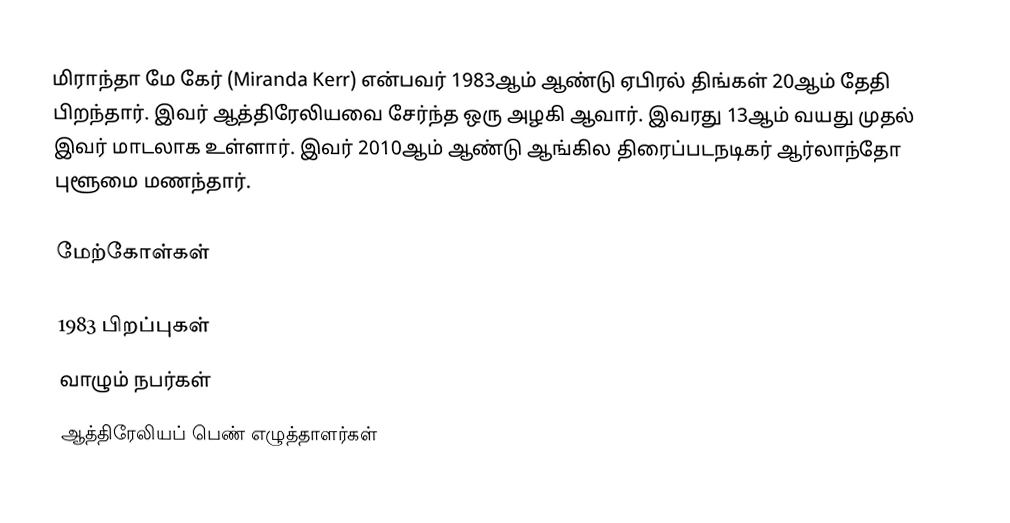
மிராந்தா மே கேர் (Miranda Kerr) என்பவர் 1983ஆம் ஆண்டு ஏபிரல் திங்கள் 20ஆம் தேதி பிறந்தார். இவர் ஆத்திரேலியவை சேர்ந்த ஒரு அழகி ஆவார். இவரது 13ஆம் வயது முதல் இவர் மாடலாக உள்ளார். இவர் 2010ஆம் ஆண்டு ஆங்கில திரைப்படநடிகர் ஆர்லாந்தோ புளூமை மணந்தார்.

மேற்கோள்கள்

1983 பிறப்புகள்
வாழும் நபர்கள்
ஆத்திரேலியப் பெண் எழுத்தாளர்கள்